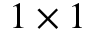
1 \times 1